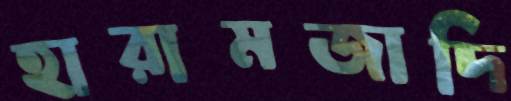
হারামজাদি